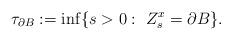
LaTeX: \begin{align*}\tau_{\partial B} := \inf \{s > 0:\ Z_s^x = \partial B\}. \end{align*}